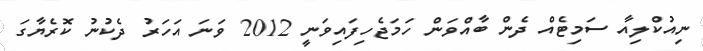
ނިއުކްލިއާ ސަމިޓެއް ދެން ބާއްވަން ހަމަޖެހިފައިވަނީ 2012 ވަނަ އަހަރު ދެކުނު ކޮރެޔާގަ